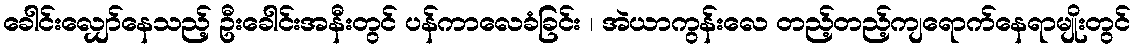
ခေါင်းလျှော်နေသည့် ဦးခေါင်းအနီးတွင် ပန်ကာလေခံခြင်း ၊ အဲယာကွန်းလေ တည့်တည့်ကျရောက်နေရာမျိုးတွင်